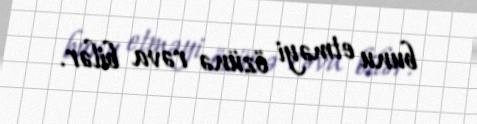
bunu etməyi özünə rəva bilər.